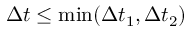
\Delta t \leq \operatorname* { m i n } ( \Delta t _ { 1 } , \Delta t _ { 2 } )